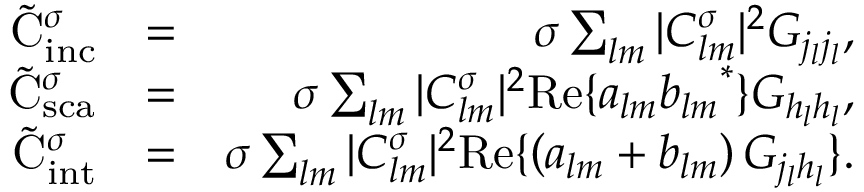
\begin{array} { r l r } { \tilde { \mathrm { { C } } } _ { \mathrm { i n c } } ^ { \sigma } } & { = } & { \sigma \sum _ { l m } | C _ { l m } ^ { \sigma } | ^ { 2 } G _ { j _ { l } j _ { l } } , } \\ { \tilde { \mathrm { { C } } } _ { \mathrm { s c a } } ^ { \sigma } } & { = } & { \sigma \sum _ { l m } | C _ { l m } ^ { \sigma } | ^ { 2 } \mathrm { R e } \{ a _ { l m } { b _ { l m } } ^ { * } \} G _ { h _ { l } h _ { l } } , } \\ { \tilde { \mathrm { { C } } } _ { \mathrm { i n t } } ^ { \sigma } } & { = } & { \sigma \sum _ { l m } | C _ { l m } ^ { \sigma } | ^ { 2 } \mathrm { R e } \{ \left( a _ { l m } + b _ { l m } \right) G _ { j _ { l } h _ { l } } \} . } \end{array}